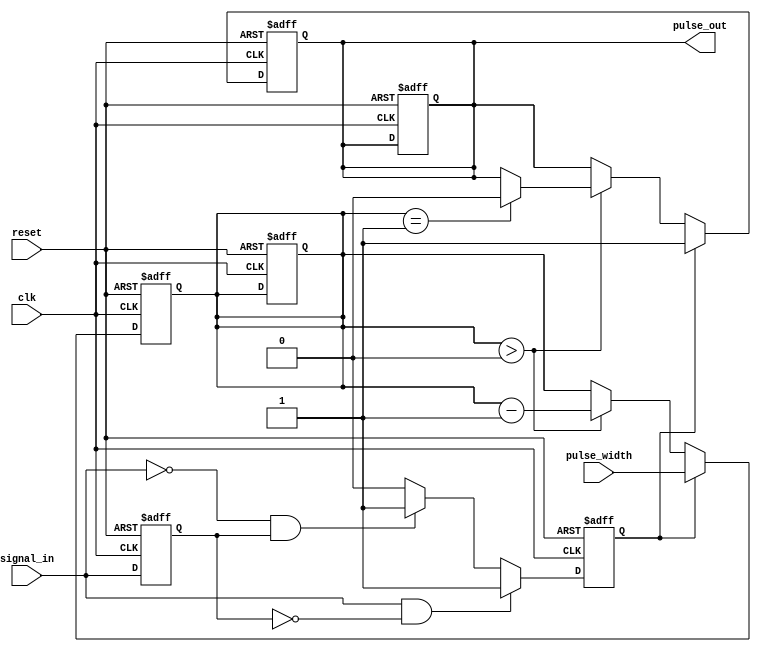
module monostable_edge_detector (
    input wire clk,                // Clock input
    input wire reset,              // Reset signal
    input wire signal_in,          // Input signal to detect edges
    input wire [15:0] pulse_width, // Configurable pulse width (in clock cycles)
    output reg pulse_out           // Output pulse
);

    reg signal_in_d;               // Delayed version of the input signal
    reg edge_detected;             // Edge detection flag
    reg [15:0] counter;            // Counter for pulse width timing

    // Edge detection logic
    always @(posedge clk or posedge reset) begin
        if (reset) begin
            signal_in_d <= 1'b0;
            edge_detected <= 1'b0;
            pulse_out <= 1'b0;
            counter <= 16'd0;
        end else begin
            signal_in_d <= signal_in; // Store previous state of signal_in

            // Detect rising edge
            if (signal_in && !signal_in_d) begin
                edge_detected <= 1'b1; // Rising edge detected
            end
            // Detect falling edge
            else if (!signal_in && signal_in_d) begin
                edge_detected <= 1'b1; // Falling edge detected
            end
            else begin
                edge_detected <= 1'b0; // No edge detected
            end
        end
    end

    // Pulse generation logic
    always @(posedge clk or posedge reset) begin
        if (reset) begin
            pulse_out <= 1'b0;
            counter <= 16'd0;
        end else begin
            if (edge_detected) begin
                pulse_out <= 1'b1; // Activate pulse
                counter <= pulse_width; // Load pulse width
            end else if (counter > 0) begin
                counter <= counter - 1; // Decrement counter
                if (counter == 1) begin
                    pulse_out <= 1'b0; // Deactivate pulse
                end
            end
        end
    end

endmodule